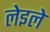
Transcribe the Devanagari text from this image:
लेइले